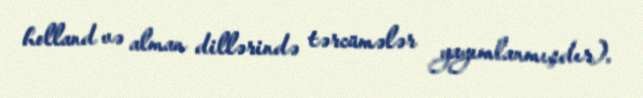
holland və alman dillərində tərcümələr yayımlanmışdır).